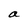
Character: a